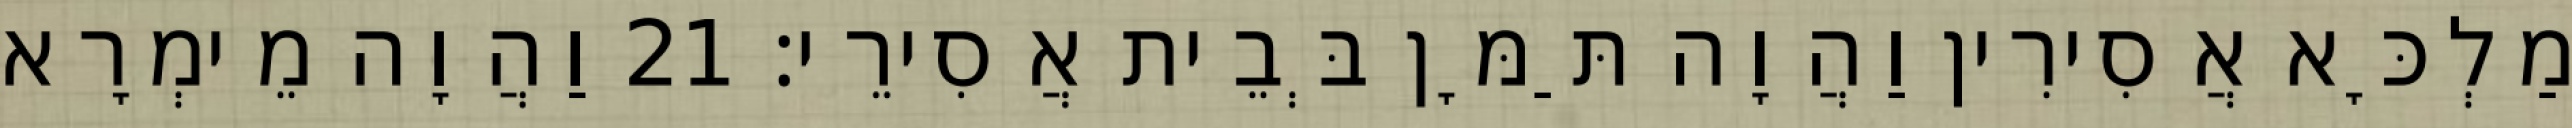
מַלְכָּא אֲסִירִין וַהֲוָה תַּמָּן בְּבֵית אֲסִירֵי׃ 21 וַהֲוָה מֵימְרָא